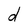
Character: d